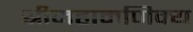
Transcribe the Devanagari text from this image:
श्रीमहामणिक्य